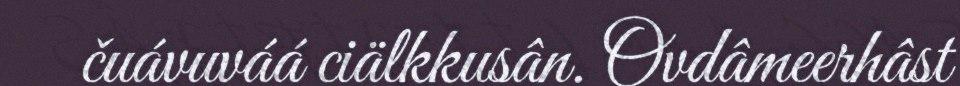
čuávuváá ciälkkusân. Ovdâmeerhâst